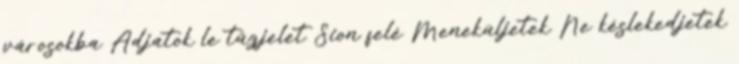
városokba Adjatok le tűzjelet Sion felé Meneküljetek Ne késlekedjetek